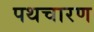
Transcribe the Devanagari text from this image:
पथचारण